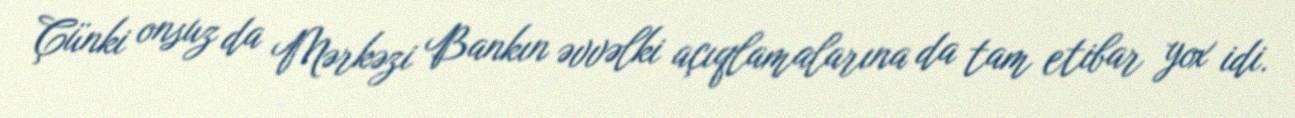
Çünki onsuz da Mərkəzi Bankın əvvəlki açıqlamalarına da tam etibar yox idi.